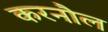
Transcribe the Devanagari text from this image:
करनौल